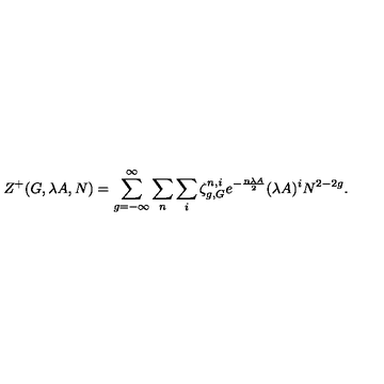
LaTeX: Z ^ { + } ( G , \lambda A , N ) = \sum _ { g = - \infty } ^ { \infty } \sum _ { n } \sum _ { i } \zeta _ { g , G } ^ { n , i } e ^ { - { \frac { n \lambda A } { 2 } } } ( \lambda A ) ^ { i } N ^ { 2 - 2 g } .